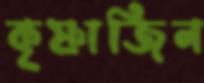
কৃষ্ণাজিন